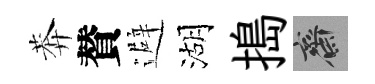
莾賛避湖搗齋